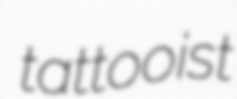
tattooist